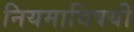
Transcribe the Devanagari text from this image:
नियमाविषयी